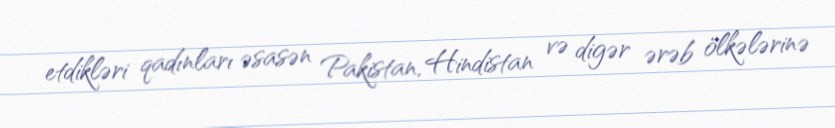
etdikləri qadınları əsasən Pakistan, Hindistan və digər ərəb ölkələrinə